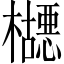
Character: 𬅂